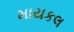
માયકલ